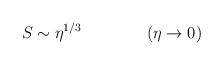
LaTeX: \begin{align*}S \sim \eta^{1/3} \qquad \qquad (\eta \rightarrow 0)\end{align*}